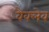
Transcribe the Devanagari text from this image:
वैक्लेव